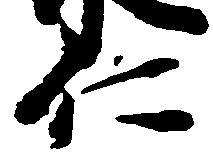
仁